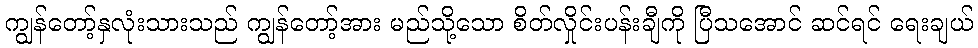
ကျွန်တော့်နှလုံးသားသည် ကျွန်တော့်အား မည်သို့သော စိတ်လှိုင်းပန်းချီကို ပြီသအောင် ဆင်ရင် ရေးချယ်